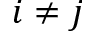
i \ne j